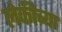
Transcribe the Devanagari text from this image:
लेकीच्या